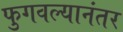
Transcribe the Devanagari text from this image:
फुगवल्यानंतर